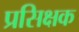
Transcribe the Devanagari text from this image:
प्रसिक्षक